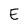
Character: E